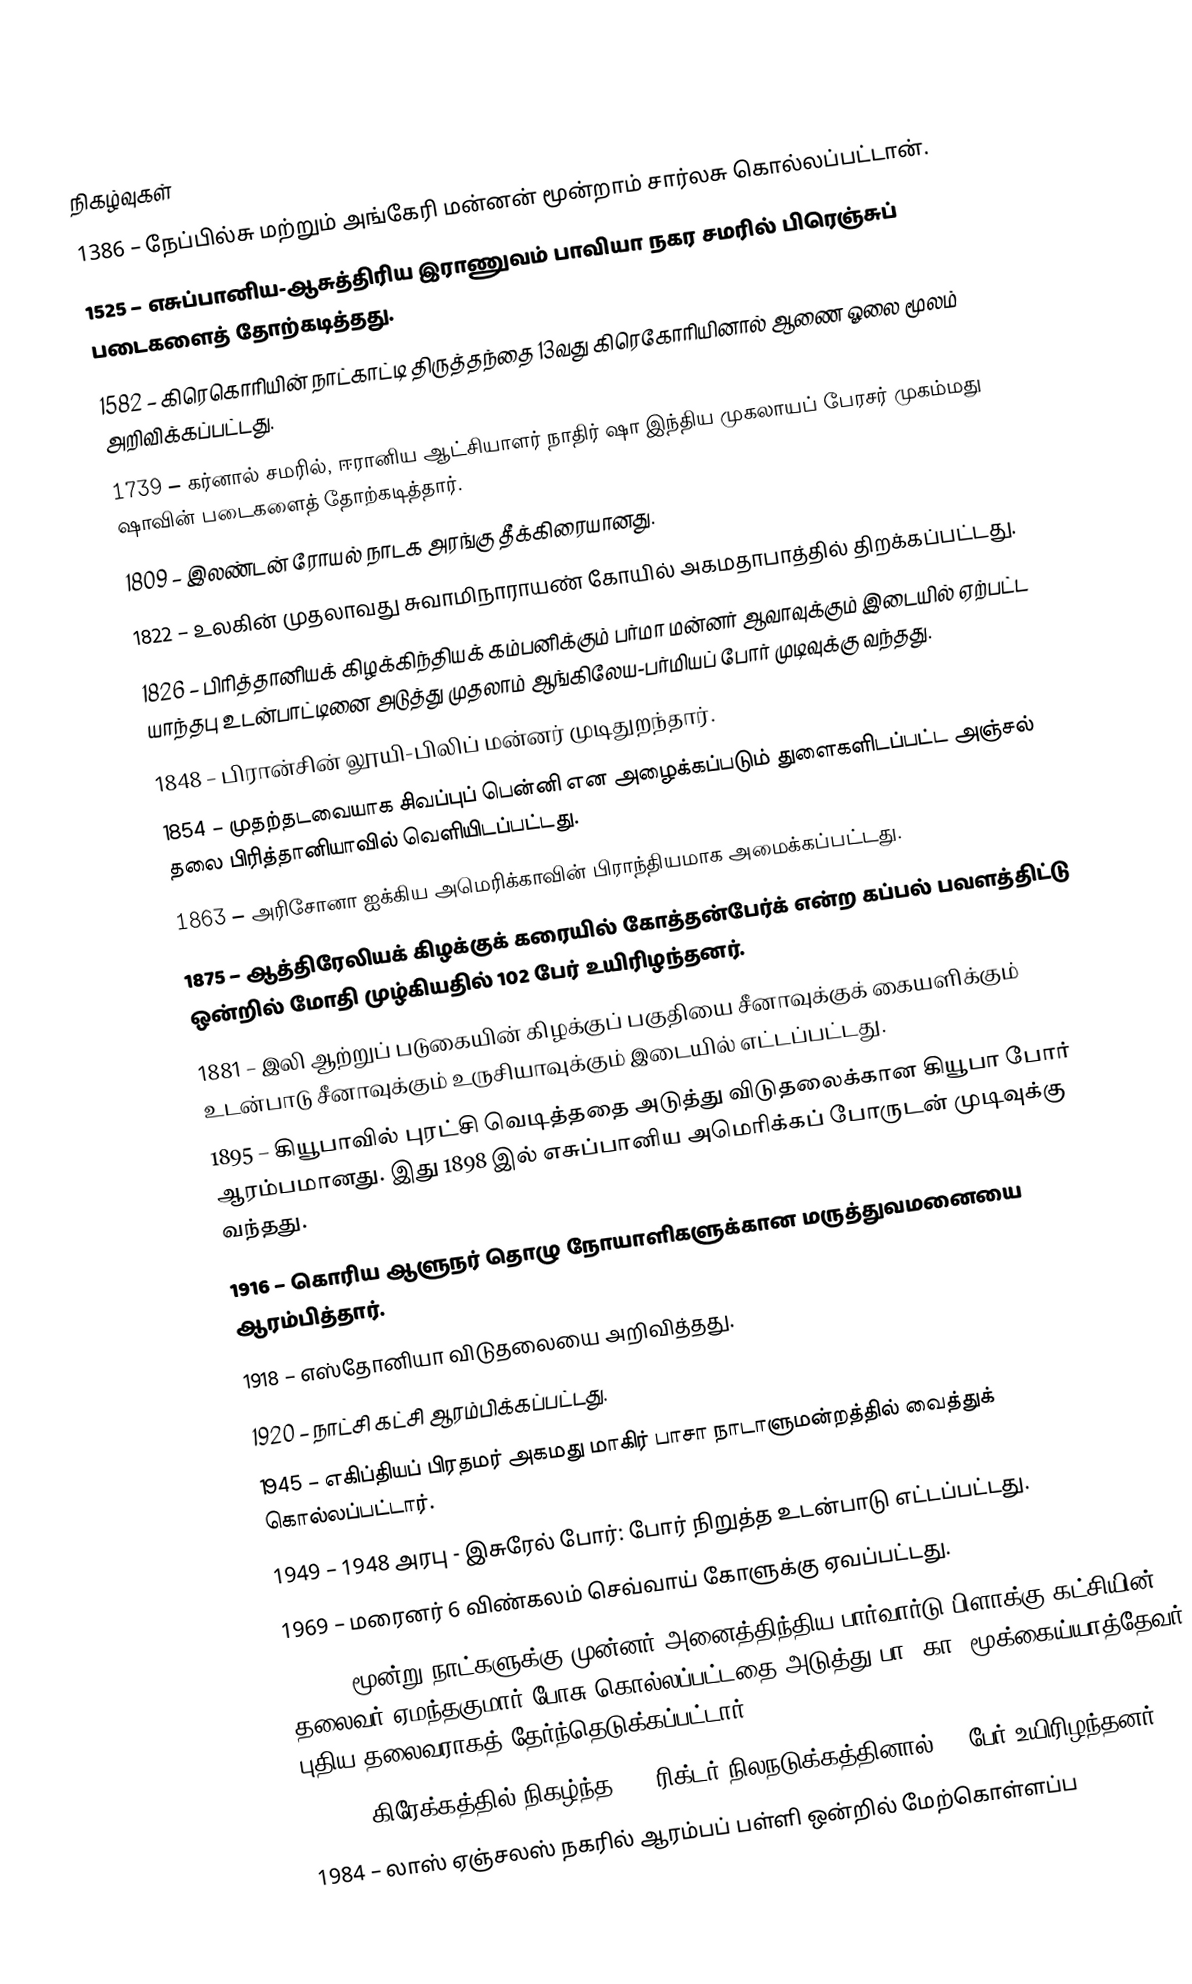

நிகழ்வுகள்
1386 – நேப்பில்சு மற்றும் அங்கேரி மன்னன் மூன்றாம் சார்லசு கொல்லப்பட்டான்.
1525 – எசுப்பானிய-ஆசுத்திரிய இராணுவம் பாவியா நகர சமரில் பிரெஞ்சுப் படைகளைத் தோற்கடித்தது.
1582 – கிரெகொரியின் நாட்காட்டி திருத்தந்தை 13வது கிரெகோரியினால்  ஆணை ஓலை மூலம் அறிவிக்கப்பட்டது.
1739 – கர்னால் சமரில், ஈரானிய ஆட்சியாளர் நாதிர் ஷா இந்திய முகலாயப் பேரசர் முகம்மது ஷாவின் படைகளைத் தோற்கடித்தார்.
1809 – இலண்டன் ரோயல் நாடக அரங்கு தீக்கிரையானது.
1822 – உலகின் முதலாவது சுவாமிநாராயண் கோயில் அகமதாபாத்தில் திறக்கப்பட்டது.
1826 – பிரித்தானியக் கிழக்கிந்தியக் கம்பனிக்கும் பர்மா மன்னர் ஆவாவுக்கும் இடையில் ஏற்பட்ட யாந்தபு உடன்பாட்டினை அடுத்து முதலாம் ஆங்கிலேய-பர்மியப் போர் முடிவுக்கு வந்தது.
1848 – பிரான்சின் லூயி-பிலிப் மன்னர் முடிதுறந்தார்.
1854 – முதற்தடவையாக சிவப்புப் பென்னி என அழைக்கப்படும் துளைகளிடப்பட்ட அஞ்சல் தலை பிரித்தானியாவில் வெளியிடப்பட்டது.
1863 – அரிசோனா ஐக்கிய அமெரிக்காவின் பிராந்தியமாக அமைக்கப்பட்டது.
1875 – ஆத்திரேலியக் கிழக்குக் கரையில் கோத்தன்பேர்க் என்ற கப்பல்  பவளத்திட்டு ஒன்றில் மோதி முழ்கியதில் 102 பேர் உயிரிழந்தனர்.
1881 – இலி ஆற்றுப் படுகையின் கிழக்குப் பகுதியை சீனாவுக்குக் கையளிக்கும் உடன்பாடு சீனாவுக்கும் உருசியாவுக்கும் இடையில் எட்டப்பட்டது.
1895 – கியூபாவில் புரட்சி வெடித்ததை அடுத்து விடுதலைக்கான கியூபா போர் ஆரம்பமானது. இது 1898 இல் எசுப்பானிய அமெரிக்கப் போருடன் முடிவுக்கு வந்தது.
1916 – கொரிய ஆளுநர் தொழு நோயாளிகளுக்கான மருத்துவமனையை ஆரம்பித்தார்.
1918 – எஸ்தோனியா விடுதலையை அறிவித்தது.
1920 – நாட்சி கட்சி ஆரம்பிக்கப்பட்டது.
1945 – எகிப்தியப் பிரதமர் அகமது மாகிர் பாசா நாடாளுமன்றத்தில் வைத்துக் கொல்லப்பட்டார்.
1949 – 1948 அரபு - இசுரேல் போர்: போர் நிறுத்த உடன்பாடு எட்டப்பட்டது.
1969 – மரைனர் 6 விண்கலம் செவ்வாய் கோளுக்கு ஏவப்பட்டது.
1971 – மூன்று நாட்களுக்கு முன்னர் அனைத்திந்திய பார்வார்டு பிளாக்கு கட்சியின் தலைவர் ஏமந்தகுமார் போசு கொல்லப்பட்டதை அடுத்து பா. கா. மூக்கைய்யாத்தேவர் புதிய தலைவராகத் தேர்ந்தெடுக்கப்பட்டார்.
1981 – கிரேக்கத்தில் நிகழ்ந்த 6.7 ரிக்டர் நிலநடுக்கத்தினால் 16 பேர் உயிரிழந்தனர்.
1984 – லாஸ் ஏஞ்சலஸ் நகரில் ஆரம்பப் பள்ளி ஒன்றில் மேற்கொள்ளப்ப